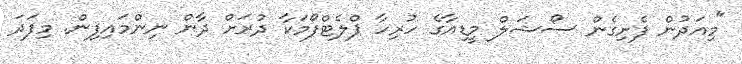
"މިއަދުން ފެށިގެން ސޯޝަލް މީޑިއާގެ ހުރިހާ ޕްލެޓްފޯމަކާ ދުރަށް ދާން ނިންމައިފިން. މިފަދަ